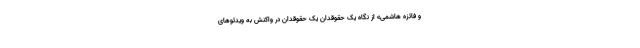
و فائزه هاشمی» از نگاه یک حقوقدان یک حقوقدان در واکنش به ویدئوهای